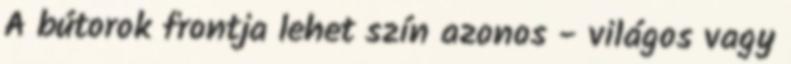
A bútorok frontja lehet szín azonos - világos vagy